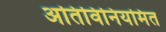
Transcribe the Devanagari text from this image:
अतिविनियमित